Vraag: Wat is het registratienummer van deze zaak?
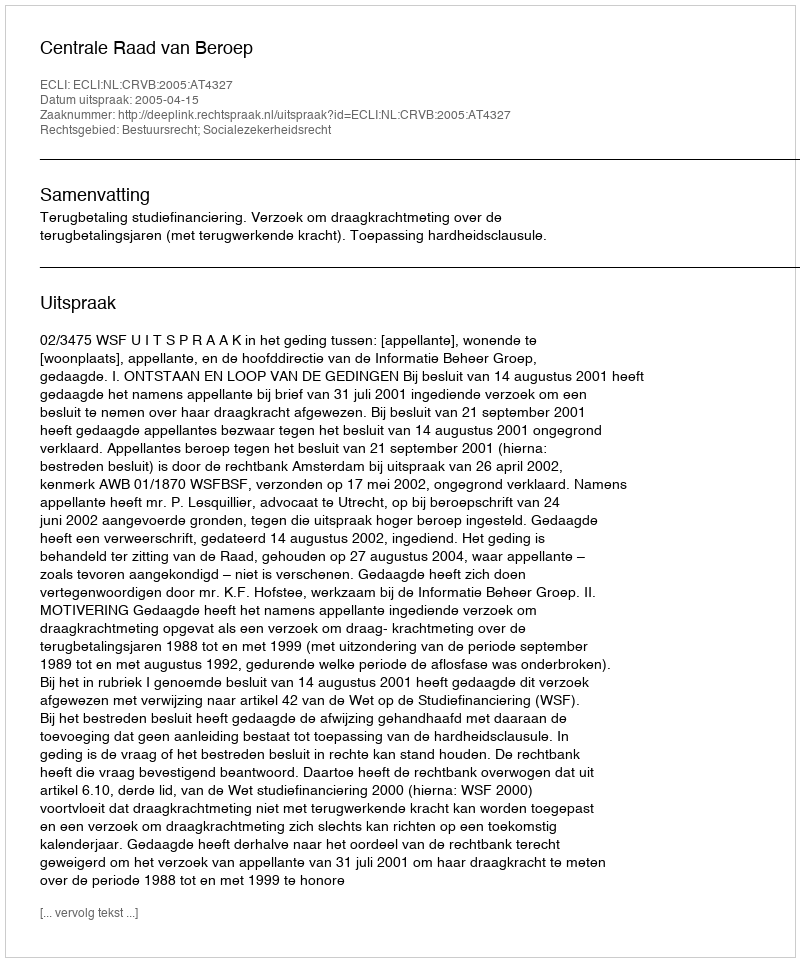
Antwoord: http://deeplink.rechtspraak.nl/uitspraak?id=ECLI:NL:CRVB:2005:AT4327